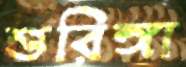
শুরিঙ্গা